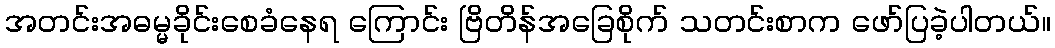
အတင်းအဓမ္မခိုင်းစေခံနေရ ကြောင်း ဗြိတိန်အခြေစိုက် သတင်းစာက ဖော်ပြခဲ့ပါတယ်။